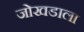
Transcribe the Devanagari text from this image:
जोखडाला